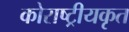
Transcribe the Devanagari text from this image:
कोराष्ट्रीयकृत